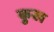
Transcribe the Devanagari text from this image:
कुख